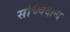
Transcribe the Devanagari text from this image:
सच्चिदान्द